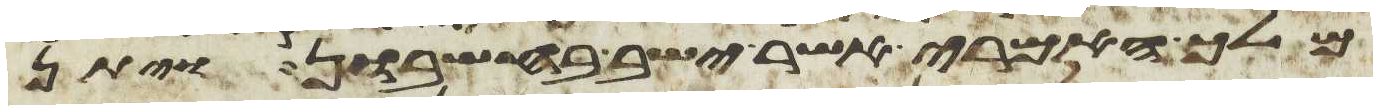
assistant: מלך האמרי אשר ישב בחשבון ויתן